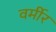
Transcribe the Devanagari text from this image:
वर्मीर